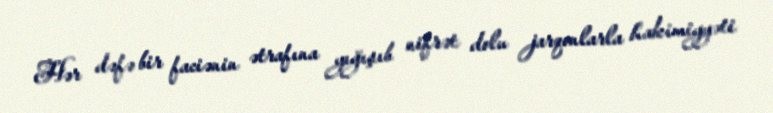
Hər dəfə bir faciənin ətrafına yığışıb nifrət dolu jarqonlarla hakimiyyəti